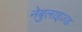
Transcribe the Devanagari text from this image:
नेबुलाइज्ड